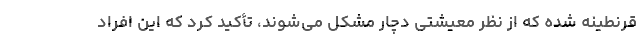
قرنطینه شده که از نظر معیشتی دچار مشکل می‌شوند، تأکید کرد که این افراد